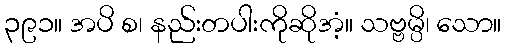
၃၉၁။ အပိ စ၊ နည်းတပါးကိုဆိုအံ့။ သဗ္ဗမ္ပိ၊ သော။